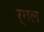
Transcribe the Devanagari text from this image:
र्गल